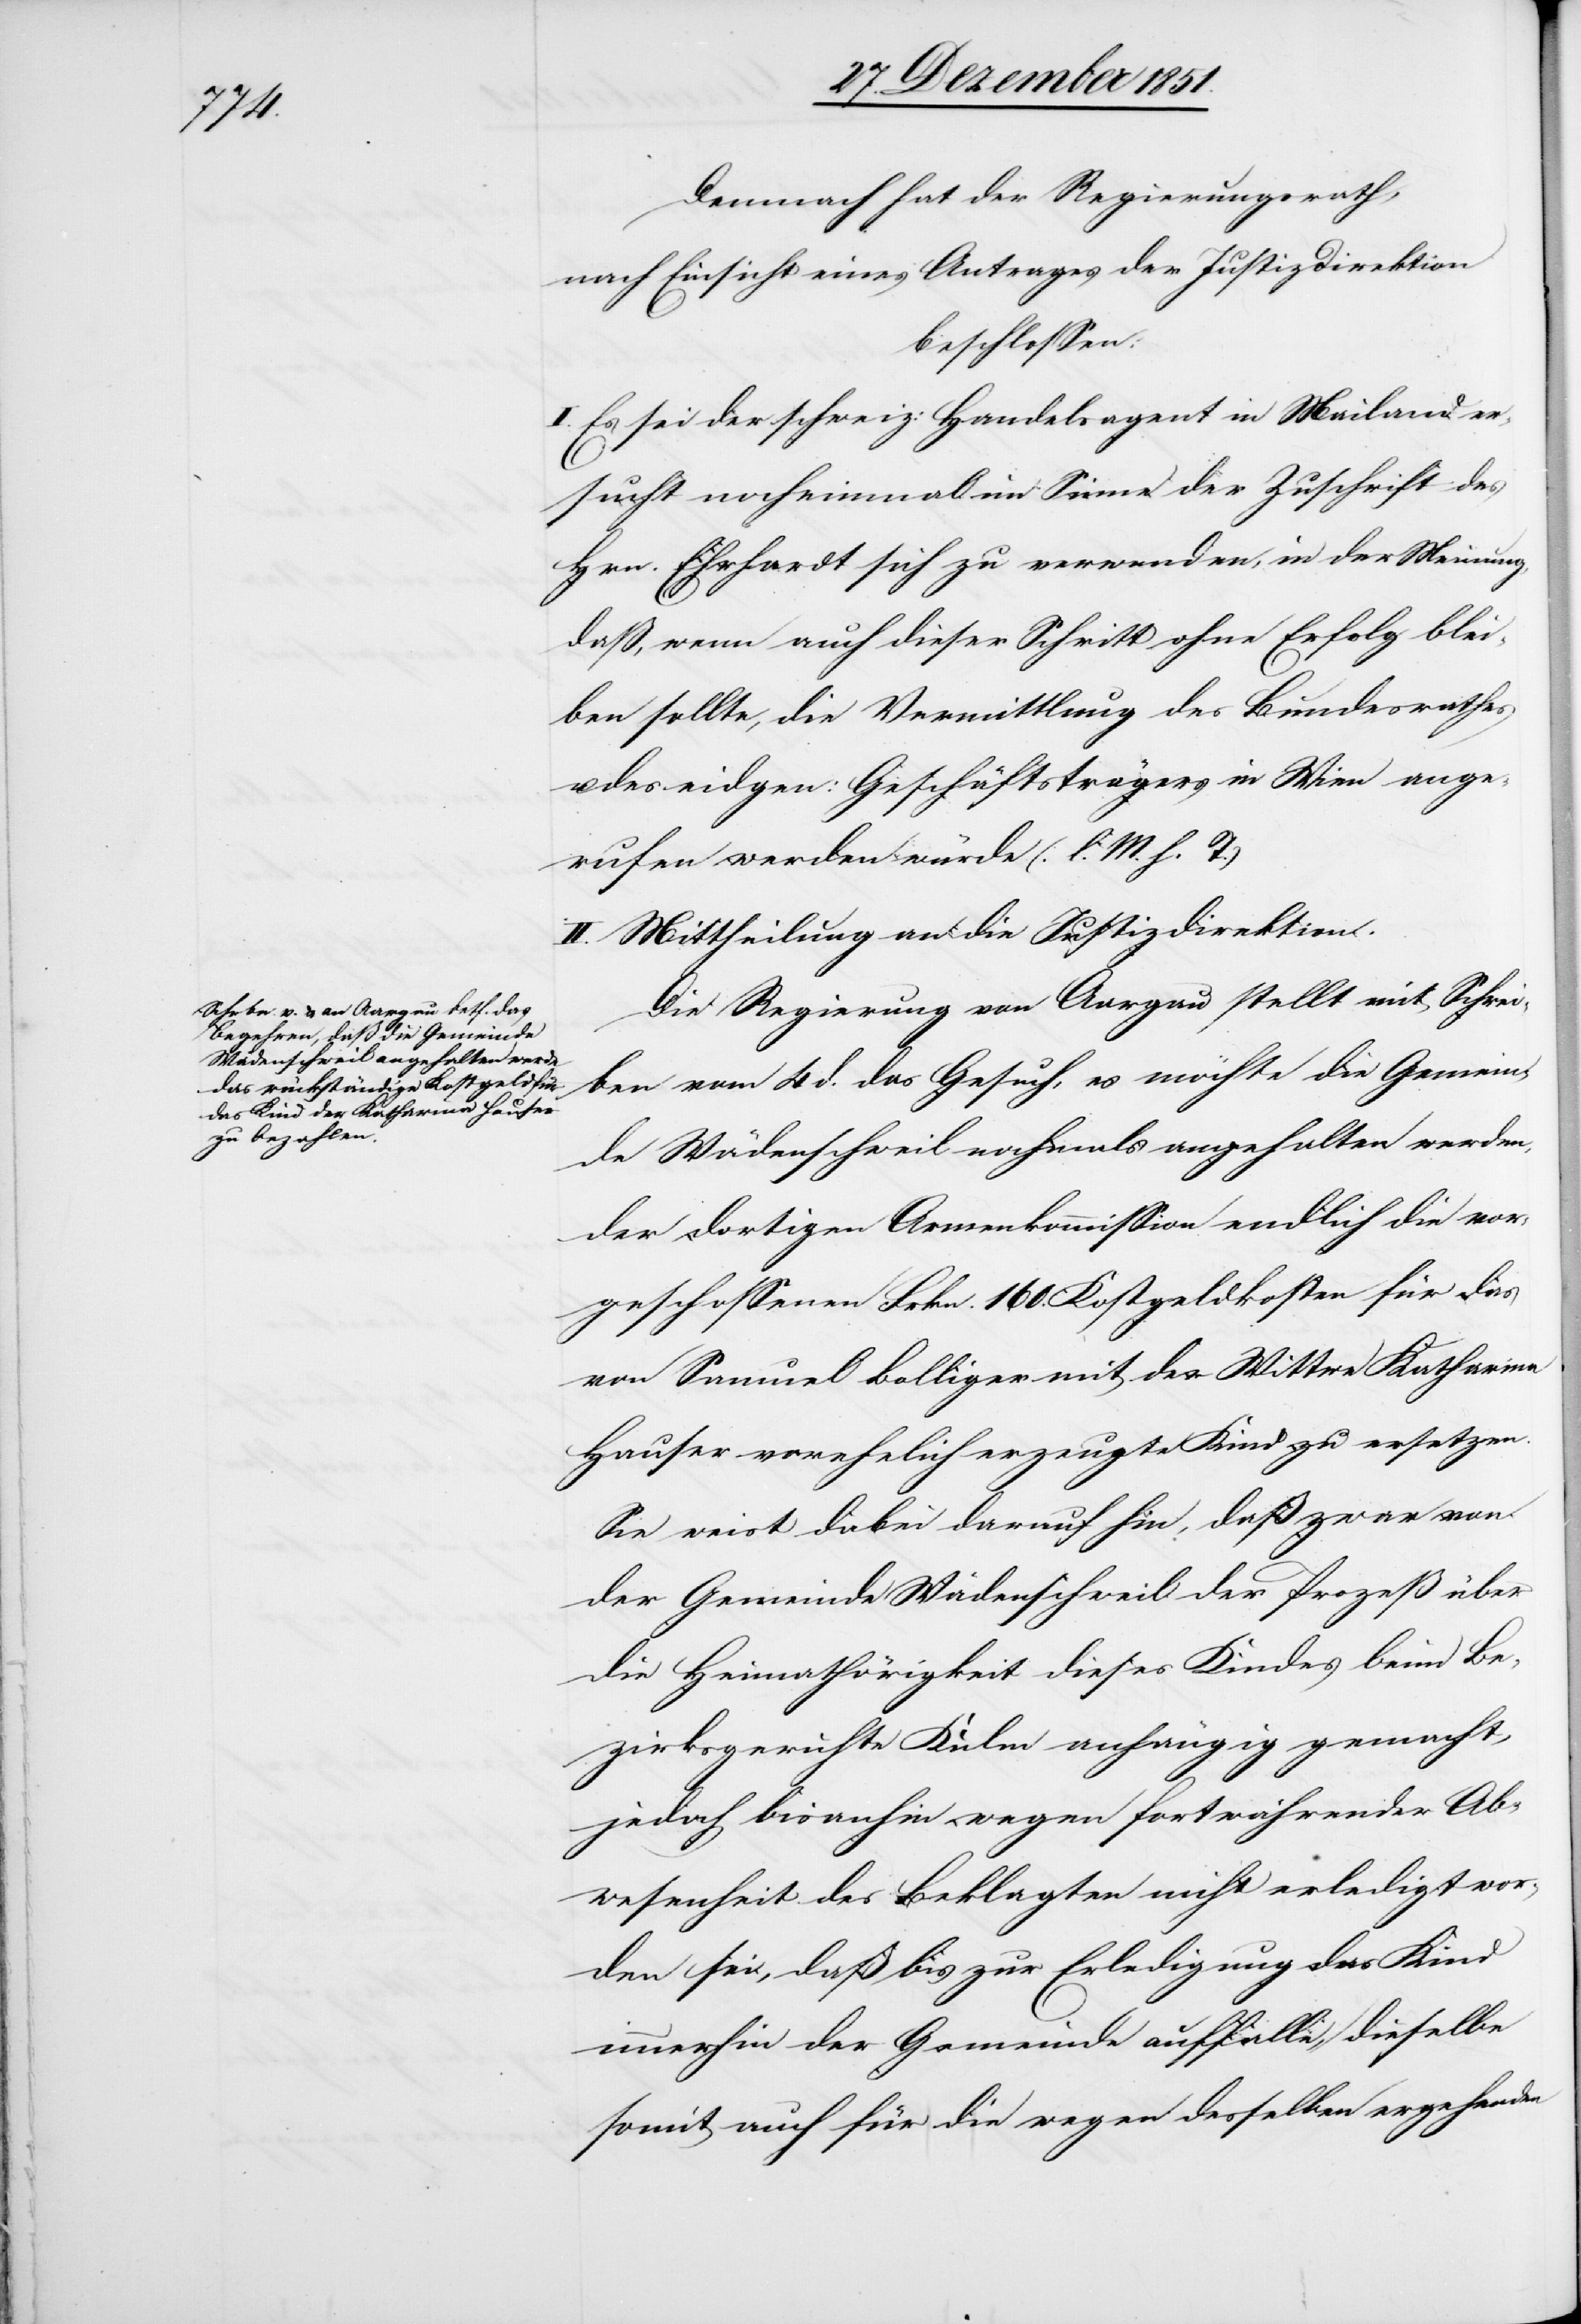
Demnach hat der Regierungsrath,
nach Einsicht eines Antrages der Justizdirektion
beschlossen:
Es sei der schweiz: Handelsagent in Mailand er¬
sucht nocheinmal im Sinne der Zuschrift des
Hrn. Ehrhardt sich zu verwenden, in der Meinung,
daß, wenn auch dieser Schritt ohne Erfolg blei¬
ben sollte, die Vermittlung des Bundesrathes
des eidgen: Geschäftsträgers in Wien ange¬
rufen werden würde (l. M. h. T.)
II. Mittheilung an die Justizdirektion.
Die Regierung von Aargau stellt mit Schrei¬
ben vom 4 d. das Gesuch, es möchte die Gemein¬
de Wädenschweil nochmals angehalten werden,
der dortigen Armenkommission endlich die vor¬
geschossenen Frkn. 160. Kostgeldkosten für das
von Samuel Bolliger mit der Wittwe Katharina
Hauser vorehelich erzeugte Kind zu ersetzen.
Sie weist dabei darauf hin, daß zwar von
der Gemeinde Wädenschweil der Prozeß über
die Heimathörigkeit dieses Kindes beim Be¬
zirksgerichte Kulm anhängig gemacht,
jedoch bisanhin wegen fortwährender Ab¬
wesenheit des Beklagten nicht erledigt wor¬
den sei, daß bis zur Erledigung das Kind
immerhin der Gemeinde auffalle, dieselbe
somit auch für die wegen desselben ergehenden